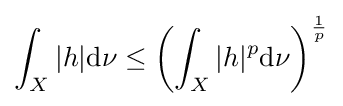
\int _{X}|h|\mathrm {d} \nu \leq \left(\int _{X}|h|^{p}\mathrm {d} \nu \right)^{\frac {1}{p}}